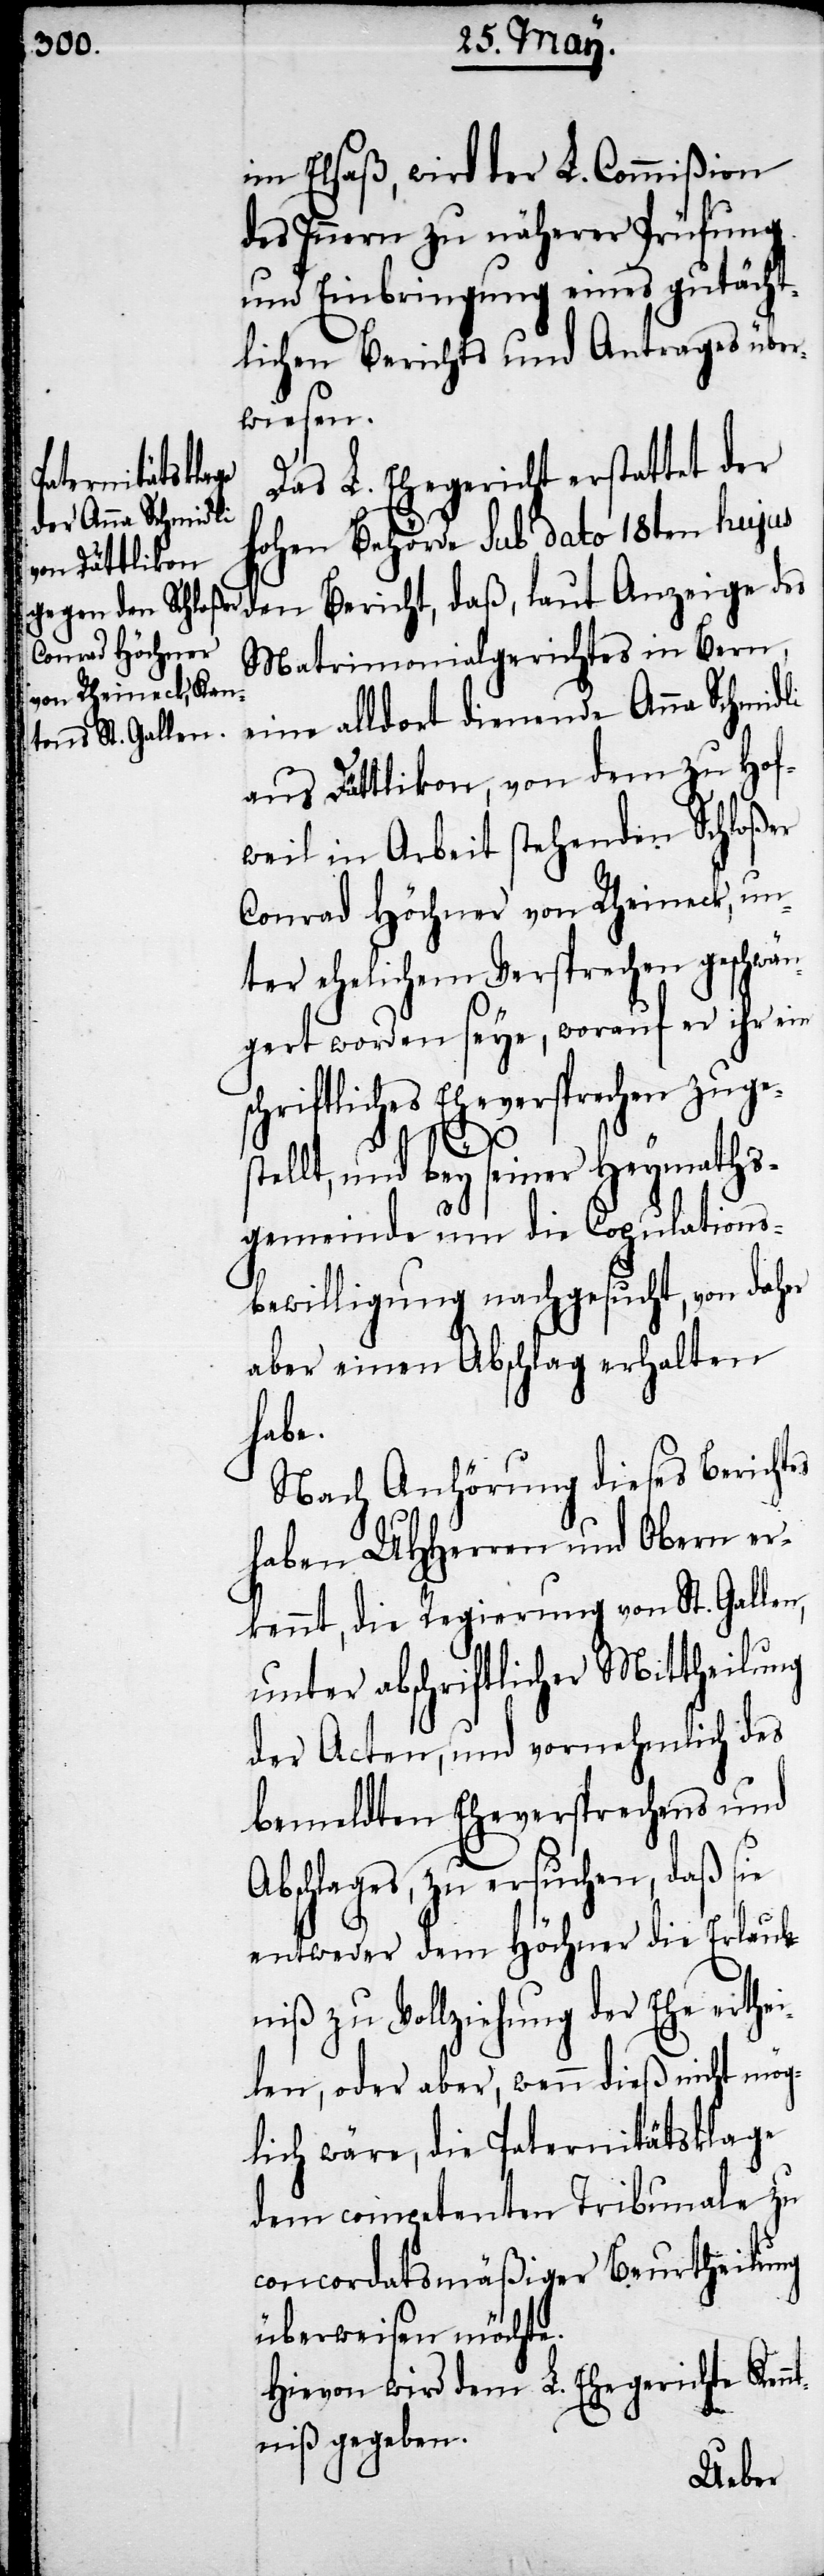
im Elsaß, wird der L. Commißion
des Innern zu näherer Prüfung
und Einbringung eines gutächt¬
lichen Berichts und Antrages über¬
wiesen.
Das L. Ehegericht erstattet der
hohen Behörde sub dato 18ten hujus
den Bericht, daß, laut Anzeige des
Matrimonialgerichtes in Bern,
eine alldort dienende Anna Schmidli
aus Dättlikon, von dem zu Hof¬
weil in Arbeit stehenden Schloßer
Conrad Höchner von Rheineck, un¬
ter ehelichem Versprechen geschwä¬
ngert worden seye, worauf er ihr ein
schriftliches Eheversprechen zuge¬
stellt, und bey seiner Heymaths¬
gemeinde um die Copulations¬
bewilligung nachgesucht, von daher
aber einen Abschlag erhalten
habe.
Nach Anhörung dieses Berichtes
haben UHHerren und Obern er¬
kennt, die Regierung von St. Gallen,
unter abschriftlicher Mittheilung
der Acten, und vornehmlich des
bemeldten Eheversprechens und
Abschlages, zu ersuchen, daß sie
entweder dem Höchner die Erlaub¬
niß zu Vollziehung der Ehe erth¬
eilen, oder aber, wenn dieß nicht mög¬
lich wäre, die Paternitätsklage
dem competenten Tribunale zu
concordatsmäßiger Beurtheilung
überweisen möchte.
Hievon wird dem L. Ehegerichte Ken¬
ntniß gegeben.